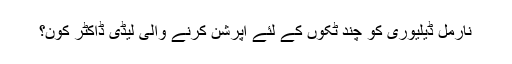
نارمل ڈیلیوری کو چند ٹکوں کے لئے اپرشن کرنے والی لیڈی ڈاکٹر کون؟